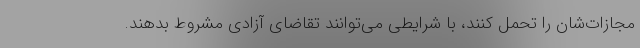
مجازات‌شان را تحمل کنند، با شرایطی می‌توانند تقاضای آزادی مشروط بدهند.